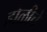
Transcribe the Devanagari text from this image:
होळीचे